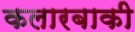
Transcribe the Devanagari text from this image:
कलारबाकी